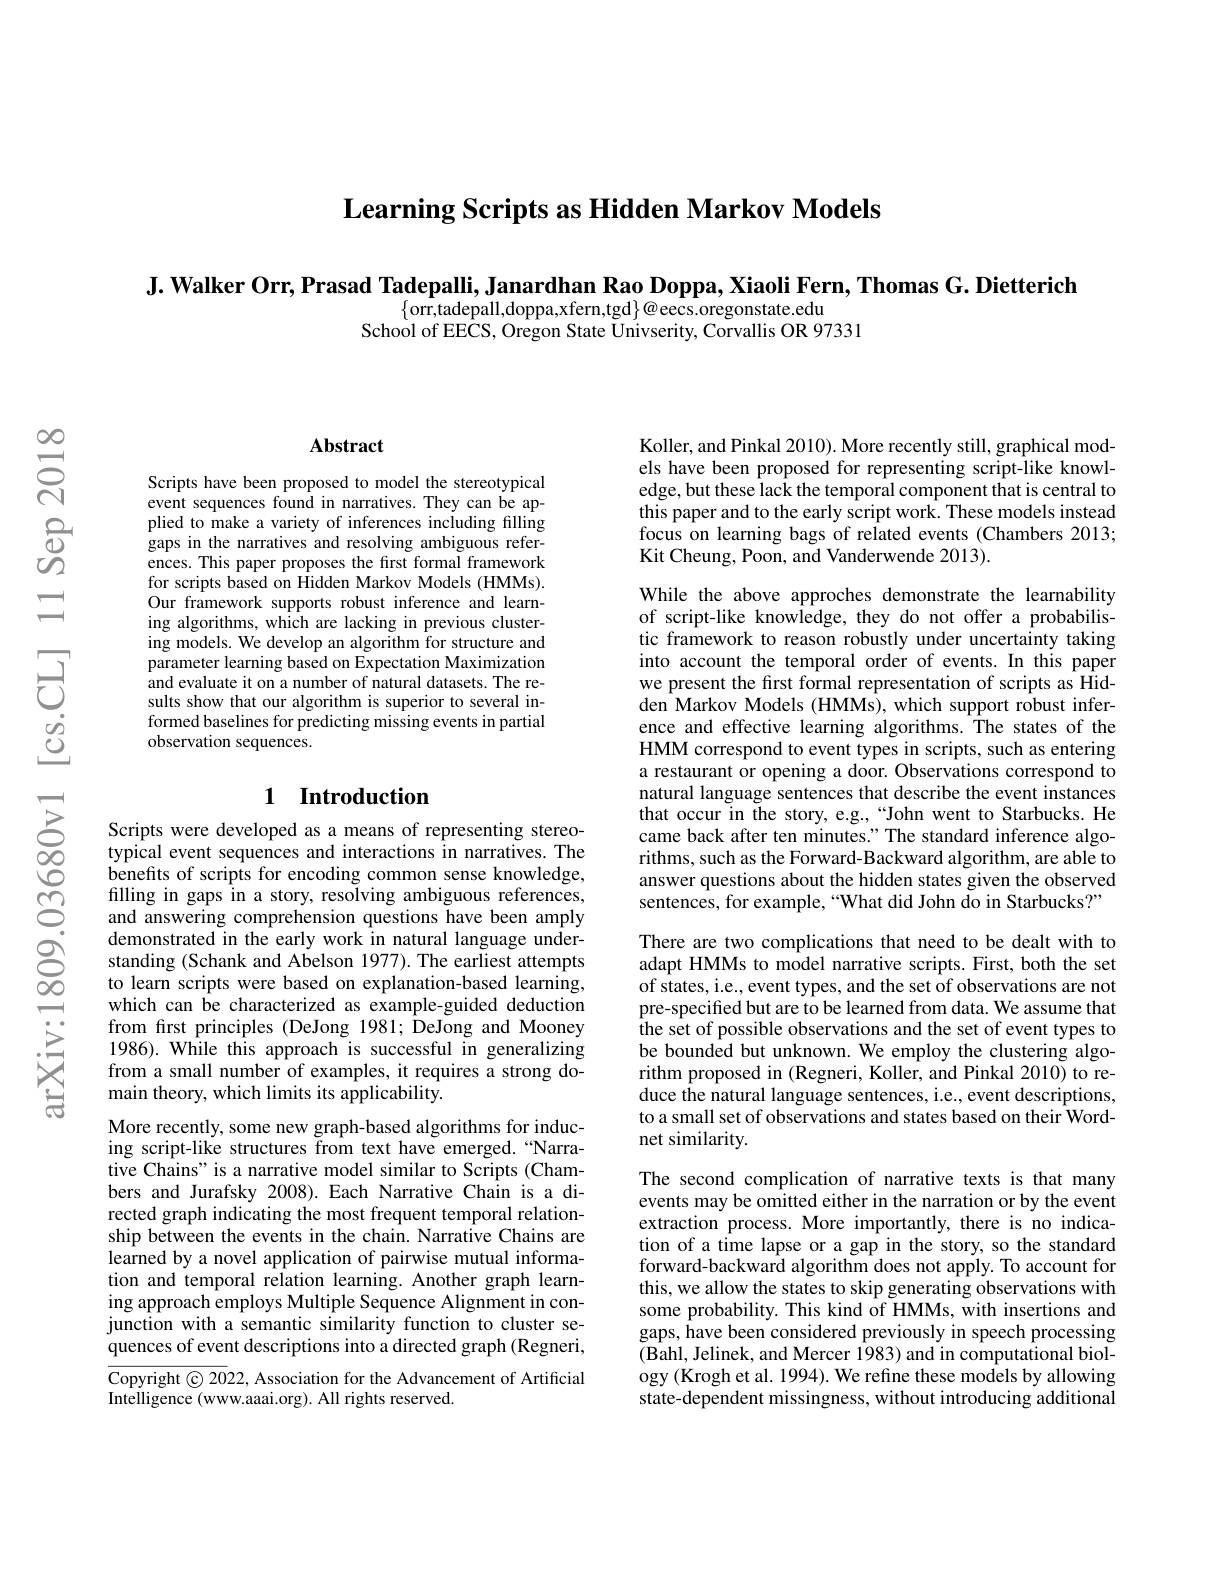
Learning Scripts as Hidden Markov Models

J. Walker Orr, Prasad Tadepalli, Janardhan Rao Doppa, Xiaoli Fern, Thomas G. Dietterich
$\{\tilde{\text{orr,tadepall,doppa,xfern,tgd}}\}@$eecs.oregonstate.edu
School of EECS, Oregon State Univserity, Corvallis OR 97331

$હ્રિં$

### $\mathbf{Abstract}$

Scripts have been proposed to model the stereotypical event sequences found in narratives. They can be applied to make a variety of inferences including filling gaps in the narratives and resolving ambiguous references. This paper proposes the first formal framework for scripts based on Hidden Markov Models (HMMs). Our framework supports robust inference and learning algorithms, which are lacking in previous clustering models. We develop an algorithm for structure and parameter learning based on Expectation Maximization and evaluate it on a number of natural datasets. The results show that our algorithm is superior to several informed baselines for predicting missing events in partial observation sequences.

### 1 Introduction

Scripts were developed as a means of representing stereotypical event sequences and interactions in narratives. The benefits of scripts for encoding common sense knowledge, filling in gaps in a story, resolving ambiguous references, and answering comprehension questions have been amply demonstrated in the early work in natural language understanding (Schank and Abelson 1977). The earliest attempts to learn scripts were based on explanation-based learning, which can be characterized as example-guided deduction from frst principles (DeJong 1981; DeJong and Mooney 1986). While this approach is successful in generalizing from a small number of examples, it requires a strong domain theory, which limits its applicability.
More recently, some new graph-based algorithms for inducing script-like structures from text have emerged.“Narrative Chains" is a narrative model similar to Scripts (Chambers and Jurafsky 2008).Each Narrative Chain is a directed graph indicating the most frequent temporal relationship between the events in the chain. Narrative Chains are learned by a novel application of pairwise mutual information and temporal relation learning. Another graph learning approach employs Multiple Sequence Alignment in conjunction with a semantic similarity function to cluster sequences of event descriptions into a directed graph (Regneri, $\overline{\text{Copyright©20}}$22, Association for the Advancement of Artificial

Intelligence (www.aaai.org). All rights reserved.

Koller, and Pinkal 2010). More recently still, graphical models have been proposed for representing script-like knowledge, but these lack the temporal component that is central to this paper and to the early script work. These models instead focus on learning bags of related events (Chambers 2013; Kit Cheung, Poon, and Vanderwende 2013).

While the above approches demonstrate the learnability of script-like knowledge, they do not offer a probabilistic framework to reason robustly under uncertainty taking into account the temporal order of events. In this paper we present the first formal representation of scripts as Hidden Markov Models (HMMs), which support robust inference and effective learning algorithms. The states of the HMM correspond to event types in scripts, such as entering a restaurant or opening a door. Observations correspond to natural language sentences that describe the event instances that occur in the story, e.g.,“John went to Starbucks. He came back after ten minutes." The standard inference algorithms, such as the Forward-Backward algorithm, are able to answer questions about the hidden states given the observed sentences, for example, “What did John do in Starbucks?”

There are two complications that need to be dealt with to adapt HMMs to model narrative scripts. First, both the set of states, i.e., event types, and the set of observations are not pre-specified but are to be learned from data. We assume that the set of possible observations and the set of event types to be bounded but unknown. We employ the clustering algorithm proposed in (Regneri, Koller, and Pinkal 2010) to reduce the natural language sentences, i.e., event descriptions, to a small set of observations and states based on their Wordnet similarity.

The second complication of narrative texts is that many events may be omitted either in the narration or by the event extraction process. More importantly, there is no indication of a time lapse or a gap in the story, so the standard forward-backward algorithm does not apply. To account for this, we allow the states to skip generating observations with some probability. This kind of HMMs, with insertions and gaps, have been considered previously in speech processing (Bahl, Jelinek, and Mercer 1983) and in computational biology (Krogh et al. 1994). We refine these models by allowing state-dependent missingness, without introducing additional